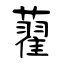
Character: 藋